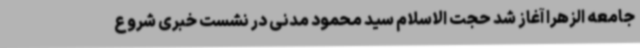
جامعه الزهرا آغاز شد حجت الاسلام سید محمود مدنی در نشست خبری شروع